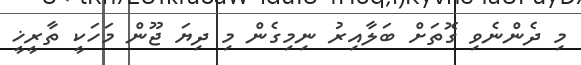
މި ދެންނެވި ގޮތަށް ބަލާއިރު ނިމިގެން މި ދިޔަ ޖޫން މަހަކީ ތާރީޚީ